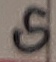
Text: G